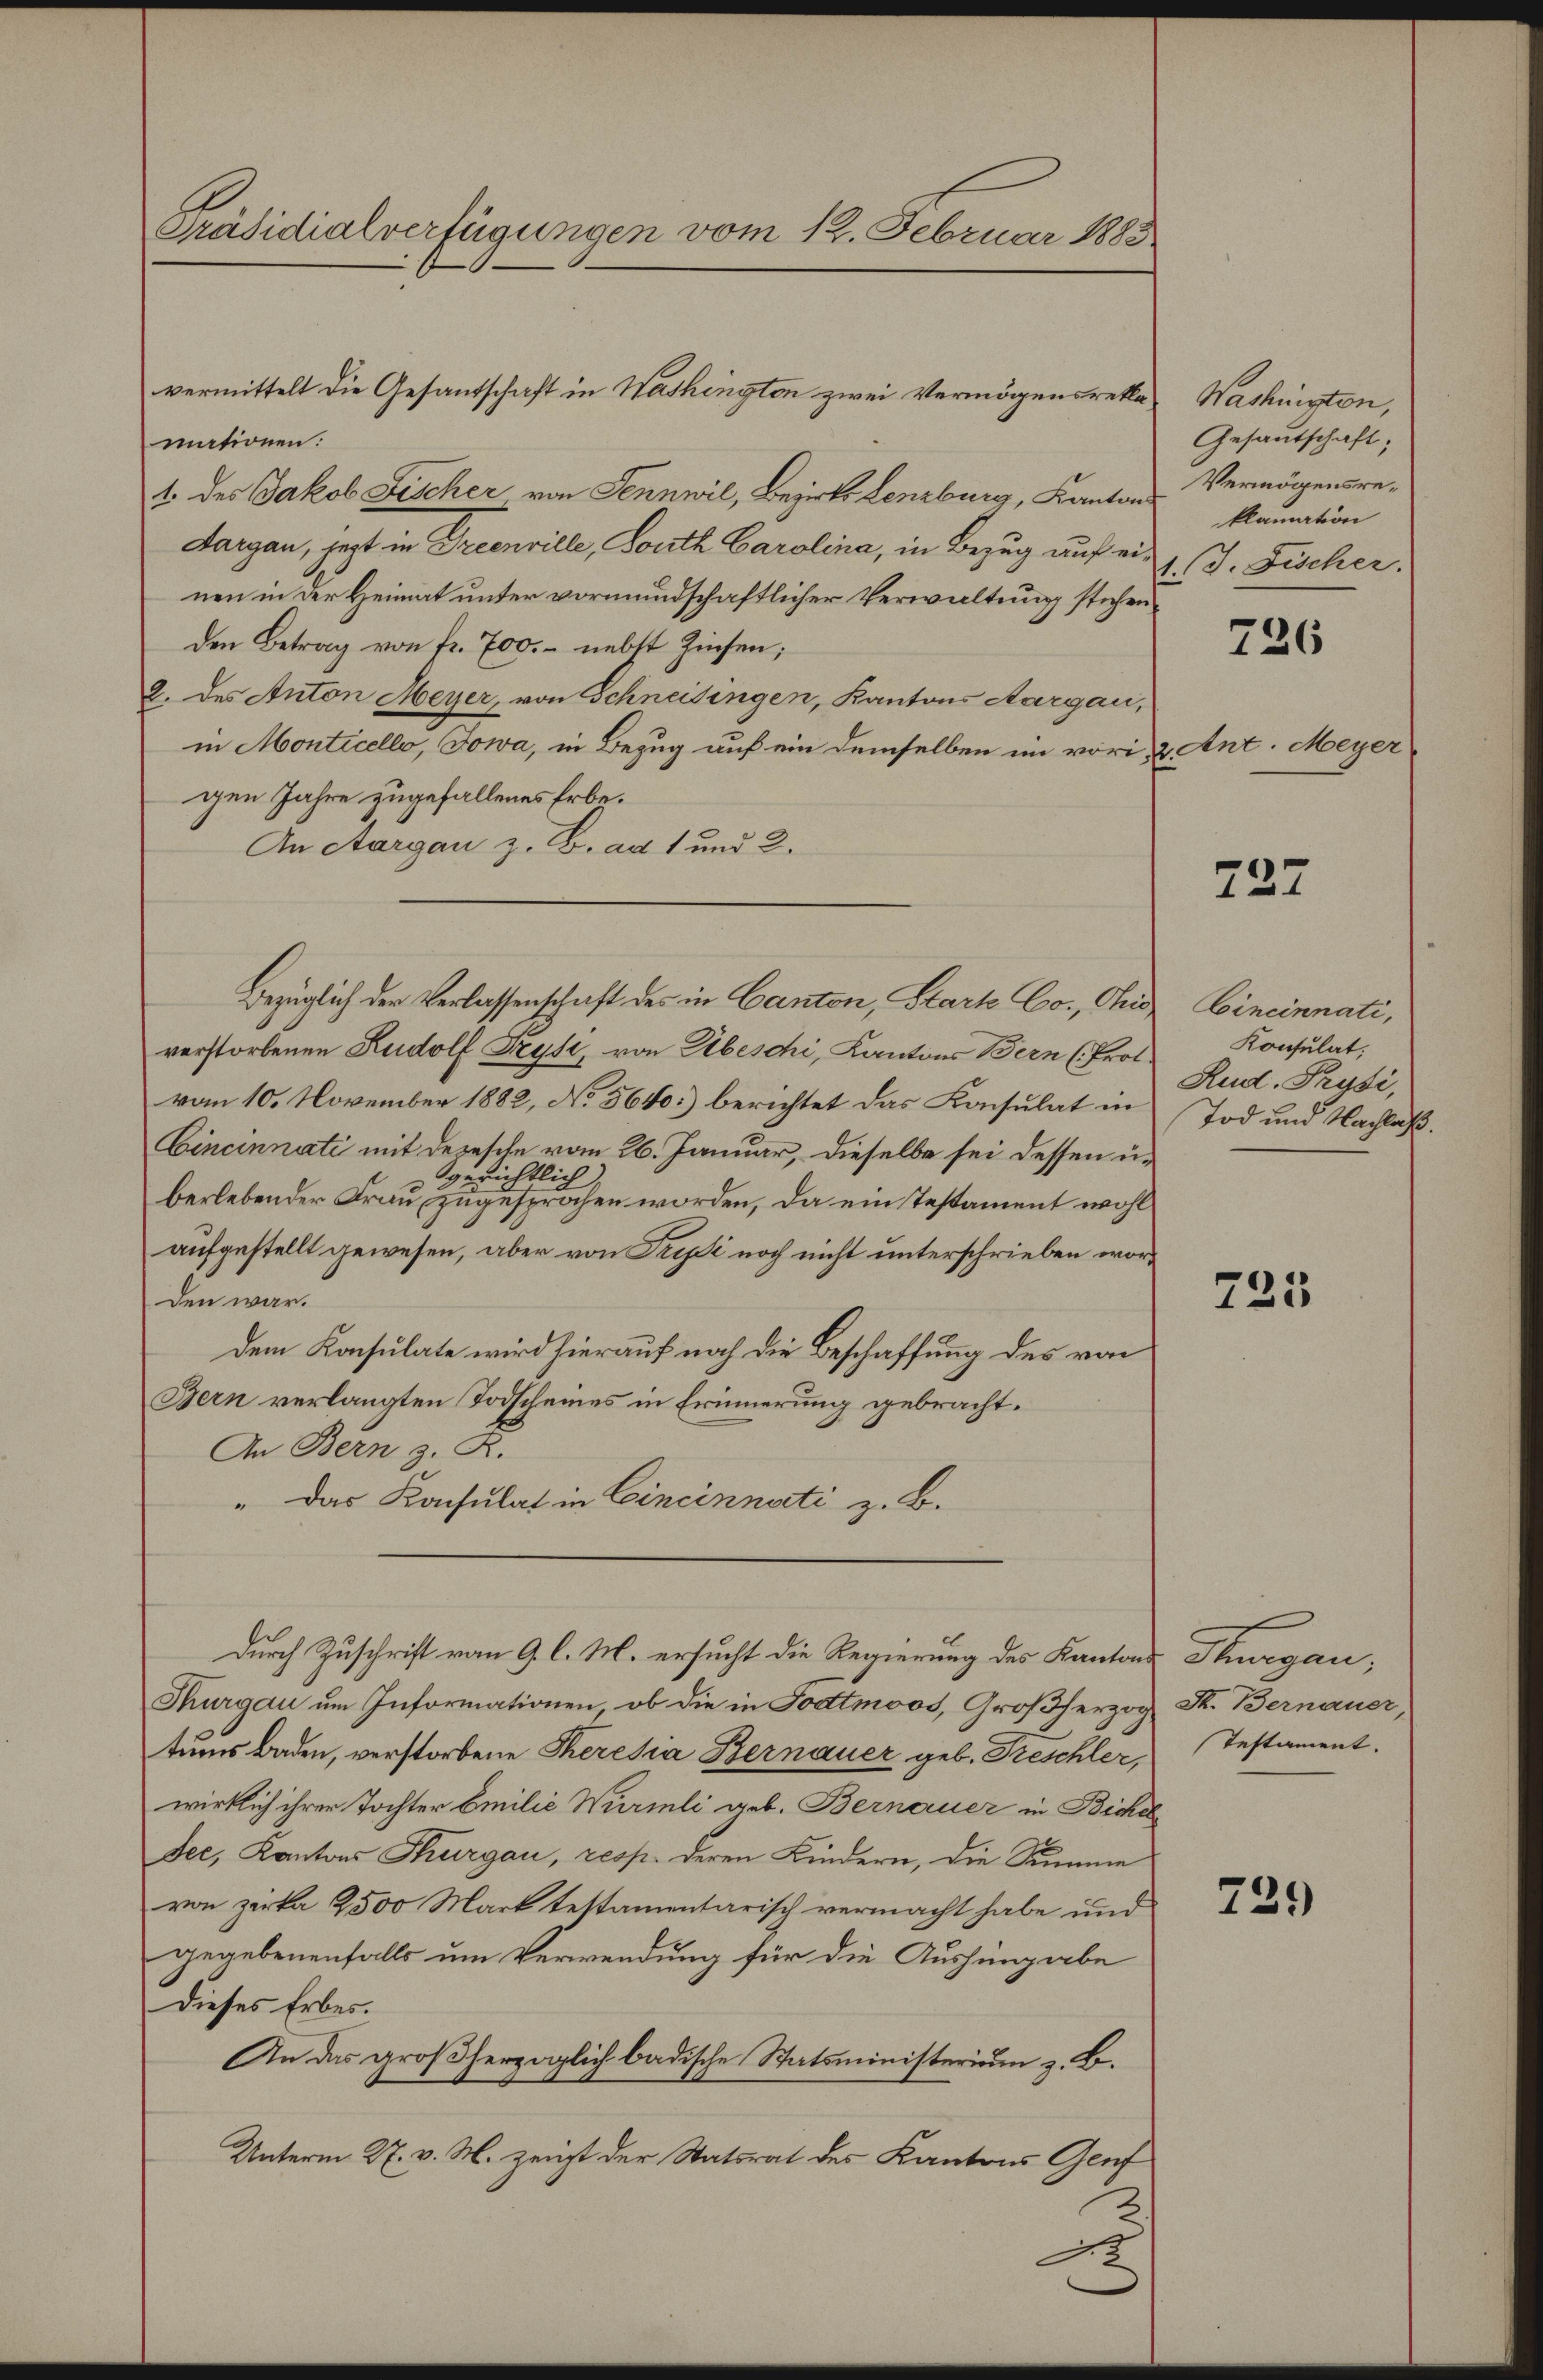
Präsidialverfügungen vom 12. Februar 1883

vermittelt die Gesandschaft in Washington zwei Vermögensreklamationen:
1. des Jakob Fischer von Sennwil, Bezirks Lenzburg, Kanton
Aargau, jezt in Treenville, South Carolina, in Bezug auf ei-
nen in der Heimat unter vormundschaftlicher Verwaltung stehenden Betrag von fr. 700.- nebst Zinsen;
2. des Anton Meyer, von Schneisingen, Kantons Aargau,
in Monticello, Jowa, in Bezug auf ein demselben im vorigen Jahre zugefallenes Erbe.
An Aargau z. B. ad 1 und 2.
verstorbenen Rudolf Trys, von Abeschi, Kantons Bern (Prot.
vom 10. November 1882, No 5640.) berichtet das Konsulat in
Cincinnati mit Depesche vom 26. Januar, dieselbe sei dessen u.
gerichtlich
berlebender Frau zugesprochen worden, da ein Testament wohl
aufgestellt gewesen, aber von Tripsi noch nicht unterschrieben worden war.
Dem Konsulate wird hierauf noch die Beschaffung des von
Bern verlangten Todscheines in Erinnerung gebracht.
An Bern z. R.
" Das Konsulat in Cincinnati z. B.
durch Zuschrift vom 9. l. M. ersucht die Regierung des Kantons
Thurgau um Informationen, ob die in Todtmoos, Großherzog,
tums Baden, verstorbene Theresa Bernauer geb. Freschler,
wirklich ihrer Tochter Emilie Würmli geb. Bernauer in Bichel
dee, Kantons Thurgau, resp. deren Kindern, die Stimme
von zerka 2500 Mark testamentarisch vermacht habe und
gegebenenfalls um Verwendung für die Aushingabe
Dieses Erbes.
An das großherzoglich badische Statsministerium z. B.
Unterm 27. v. M. zeigt der Statsrat des Kantons Genf
c

Bezüglich der Verlassenschaft des in Canton, Stark Co. Chris,

Washington,
Gesautschaft;
Vermögensreklamation
1. J. Fischer.

726

2. Ant. Meyer

727

Cincinnati,
Konsulat,
Rud. Prosi,
Tod und Nachlaß.

725

Sargau,
St. Bernauer
Testament.

729)